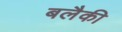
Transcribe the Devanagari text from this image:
बलैकी